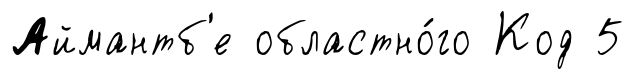
Аймантб'е областно́го Код 5